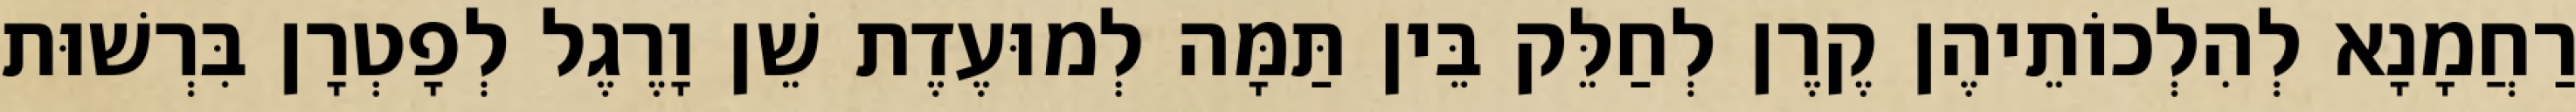
רַחֲמָנָא לְהִלְכוֹתֵיהֶן קֶרֶן לְחַלֵּק בֵּין תַּמָּה לְמוּעֶדֶת שֵׁן וָרֶגֶל לְפָטְרָן בִּרְשׁוּת